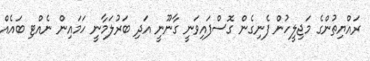
ރައްޔިތުންގެ މަޖިލީހުން ފެނިގެން ގޮސްފައިވަނީ ގާނޫނީ އަދި ބަރުލަމާނީ ހަމައިން ނެއްޓި ބައެއް